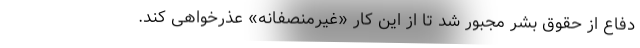
دفاع از حقوق بشر مجبور شد تا از این کار «غیرمنصفانه» عذرخواهی کند.